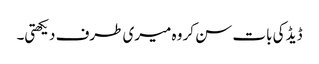
ڈیڈ کی بات سن کر وہ میری طرف دیکھتی۔